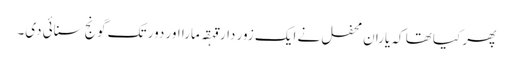
پھر کیا تھا کہ یاران محفل نے ایک زور دار قہقہ مارا اور دور تک گونج سنائی دی۔